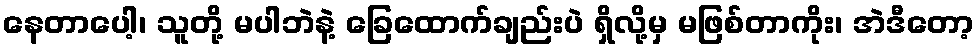
နေတာပေါ့၊ သူတို့ မပါဘဲနဲ့ ခြေထောက်ချည်းပဲ ရှိလို့မှ မဖြစ်တာကိုး၊ အဲဒီတော့